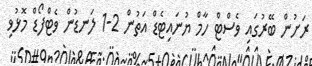
ރަށުން ބޭރުގައި ވެސްޓް ހާމް ޔުނައިޓެޑް އަތުން 2-1 ލަނޑުން ވެޓްފޯޑް މޮޅުވި